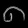
Digit: ၈